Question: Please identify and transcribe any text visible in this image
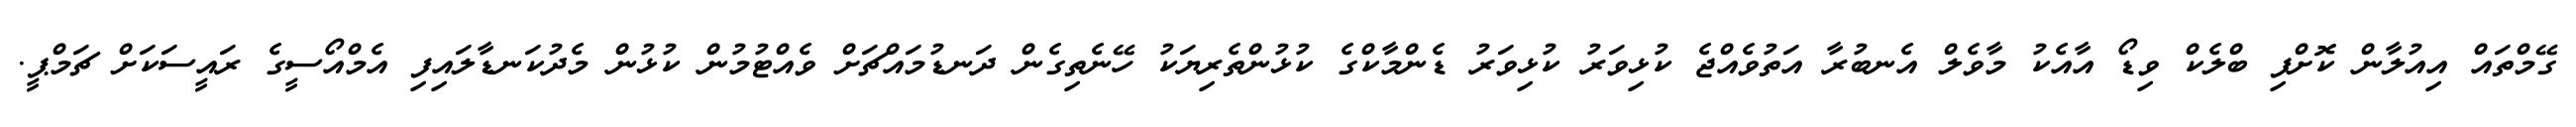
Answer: ގޭމްތައް އިއުލާން ކޮށްފި ބްލެކް ވިޑޯ އާއެކު މާވެލް އެނބުރާ އަތުވެއްޖެ ކުޅިވަރު ކުޅިވަރު ޑެންމާކްގެ ކުޅުންތެރިޔަކު ހޭނެތިގެން ދަނޑުމައްޗަށް ވެއްޓުމުން ކުޅުން މެދުކަނޑާލައިފި އެމްއޯސީގެ ރައީސަކަށް ޗަމްޕީ.